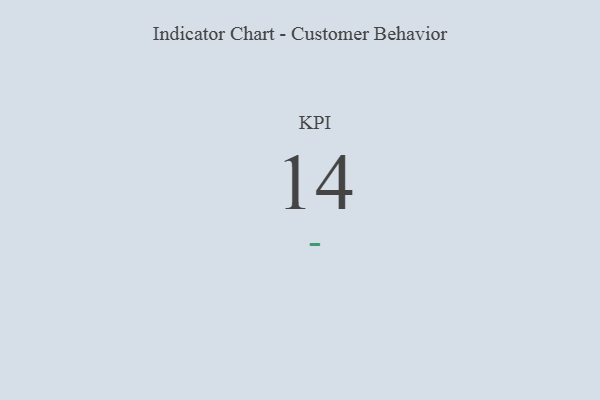
{"axis": {"x": "KPI", "y": "Value"}, "legend": [""], "data": [{"x": "KPI", "y": 14, "type": ""}]}